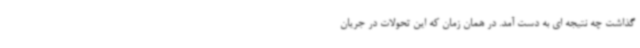
گذاشت چه نتیجه ای به دست آمد. در همان زمان که این تحولات در جریان